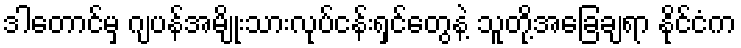
ဒါတောင်မှ ဂျပန်အမျိုးသားလုပ်ငန်းရှင်တွေနဲ့ သူတို့အခြေချရာ နိုင်ငံက